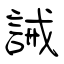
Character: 誡